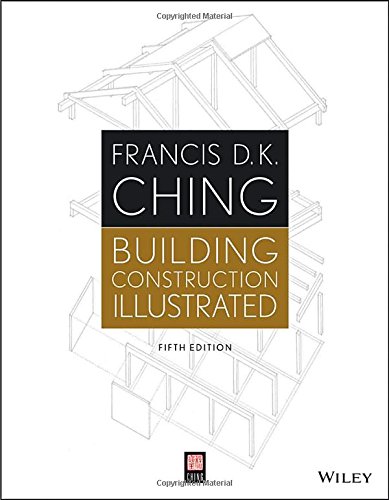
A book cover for Building Construction Illustrated; Francis D. K. Ching; Engineering & Transportation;